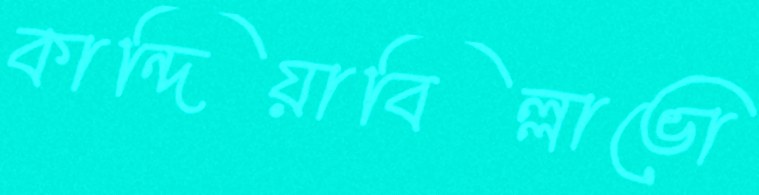
কান্দিয়াবিল্লাভো